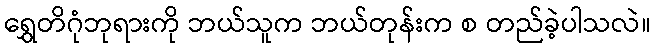
ရွှေတိဂုံဘုရားကို ဘယ်သူက ဘယ်တုန်းက စ တည်ခဲ့ပါသလဲ။